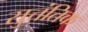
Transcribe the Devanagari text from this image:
सुत्तंतिक